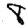
Digit: 8